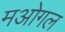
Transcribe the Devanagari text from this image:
मओगल